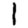
Digit: 1